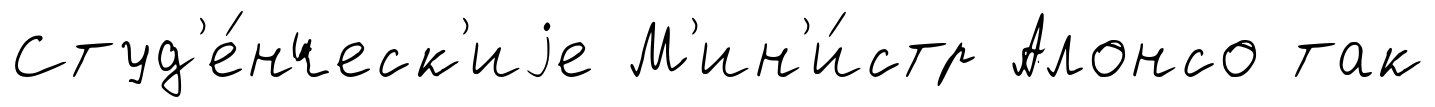
Студ'е́нческ'иjе М'ин'и́стр Алонсо так